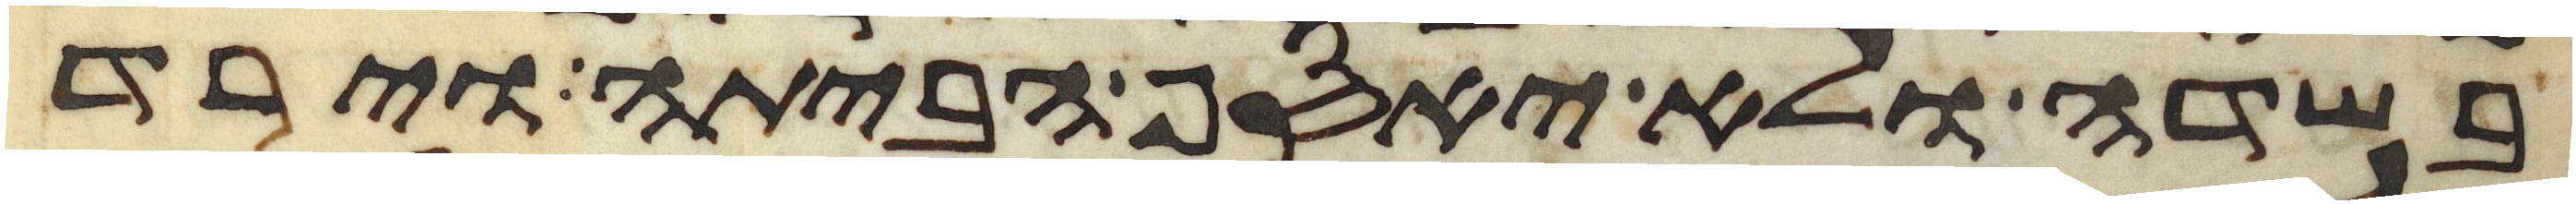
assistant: בשדה ולא יאסף הביתה וירד